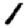
Digit: 1